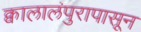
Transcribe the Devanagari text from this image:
क्वालालंपुरापासून